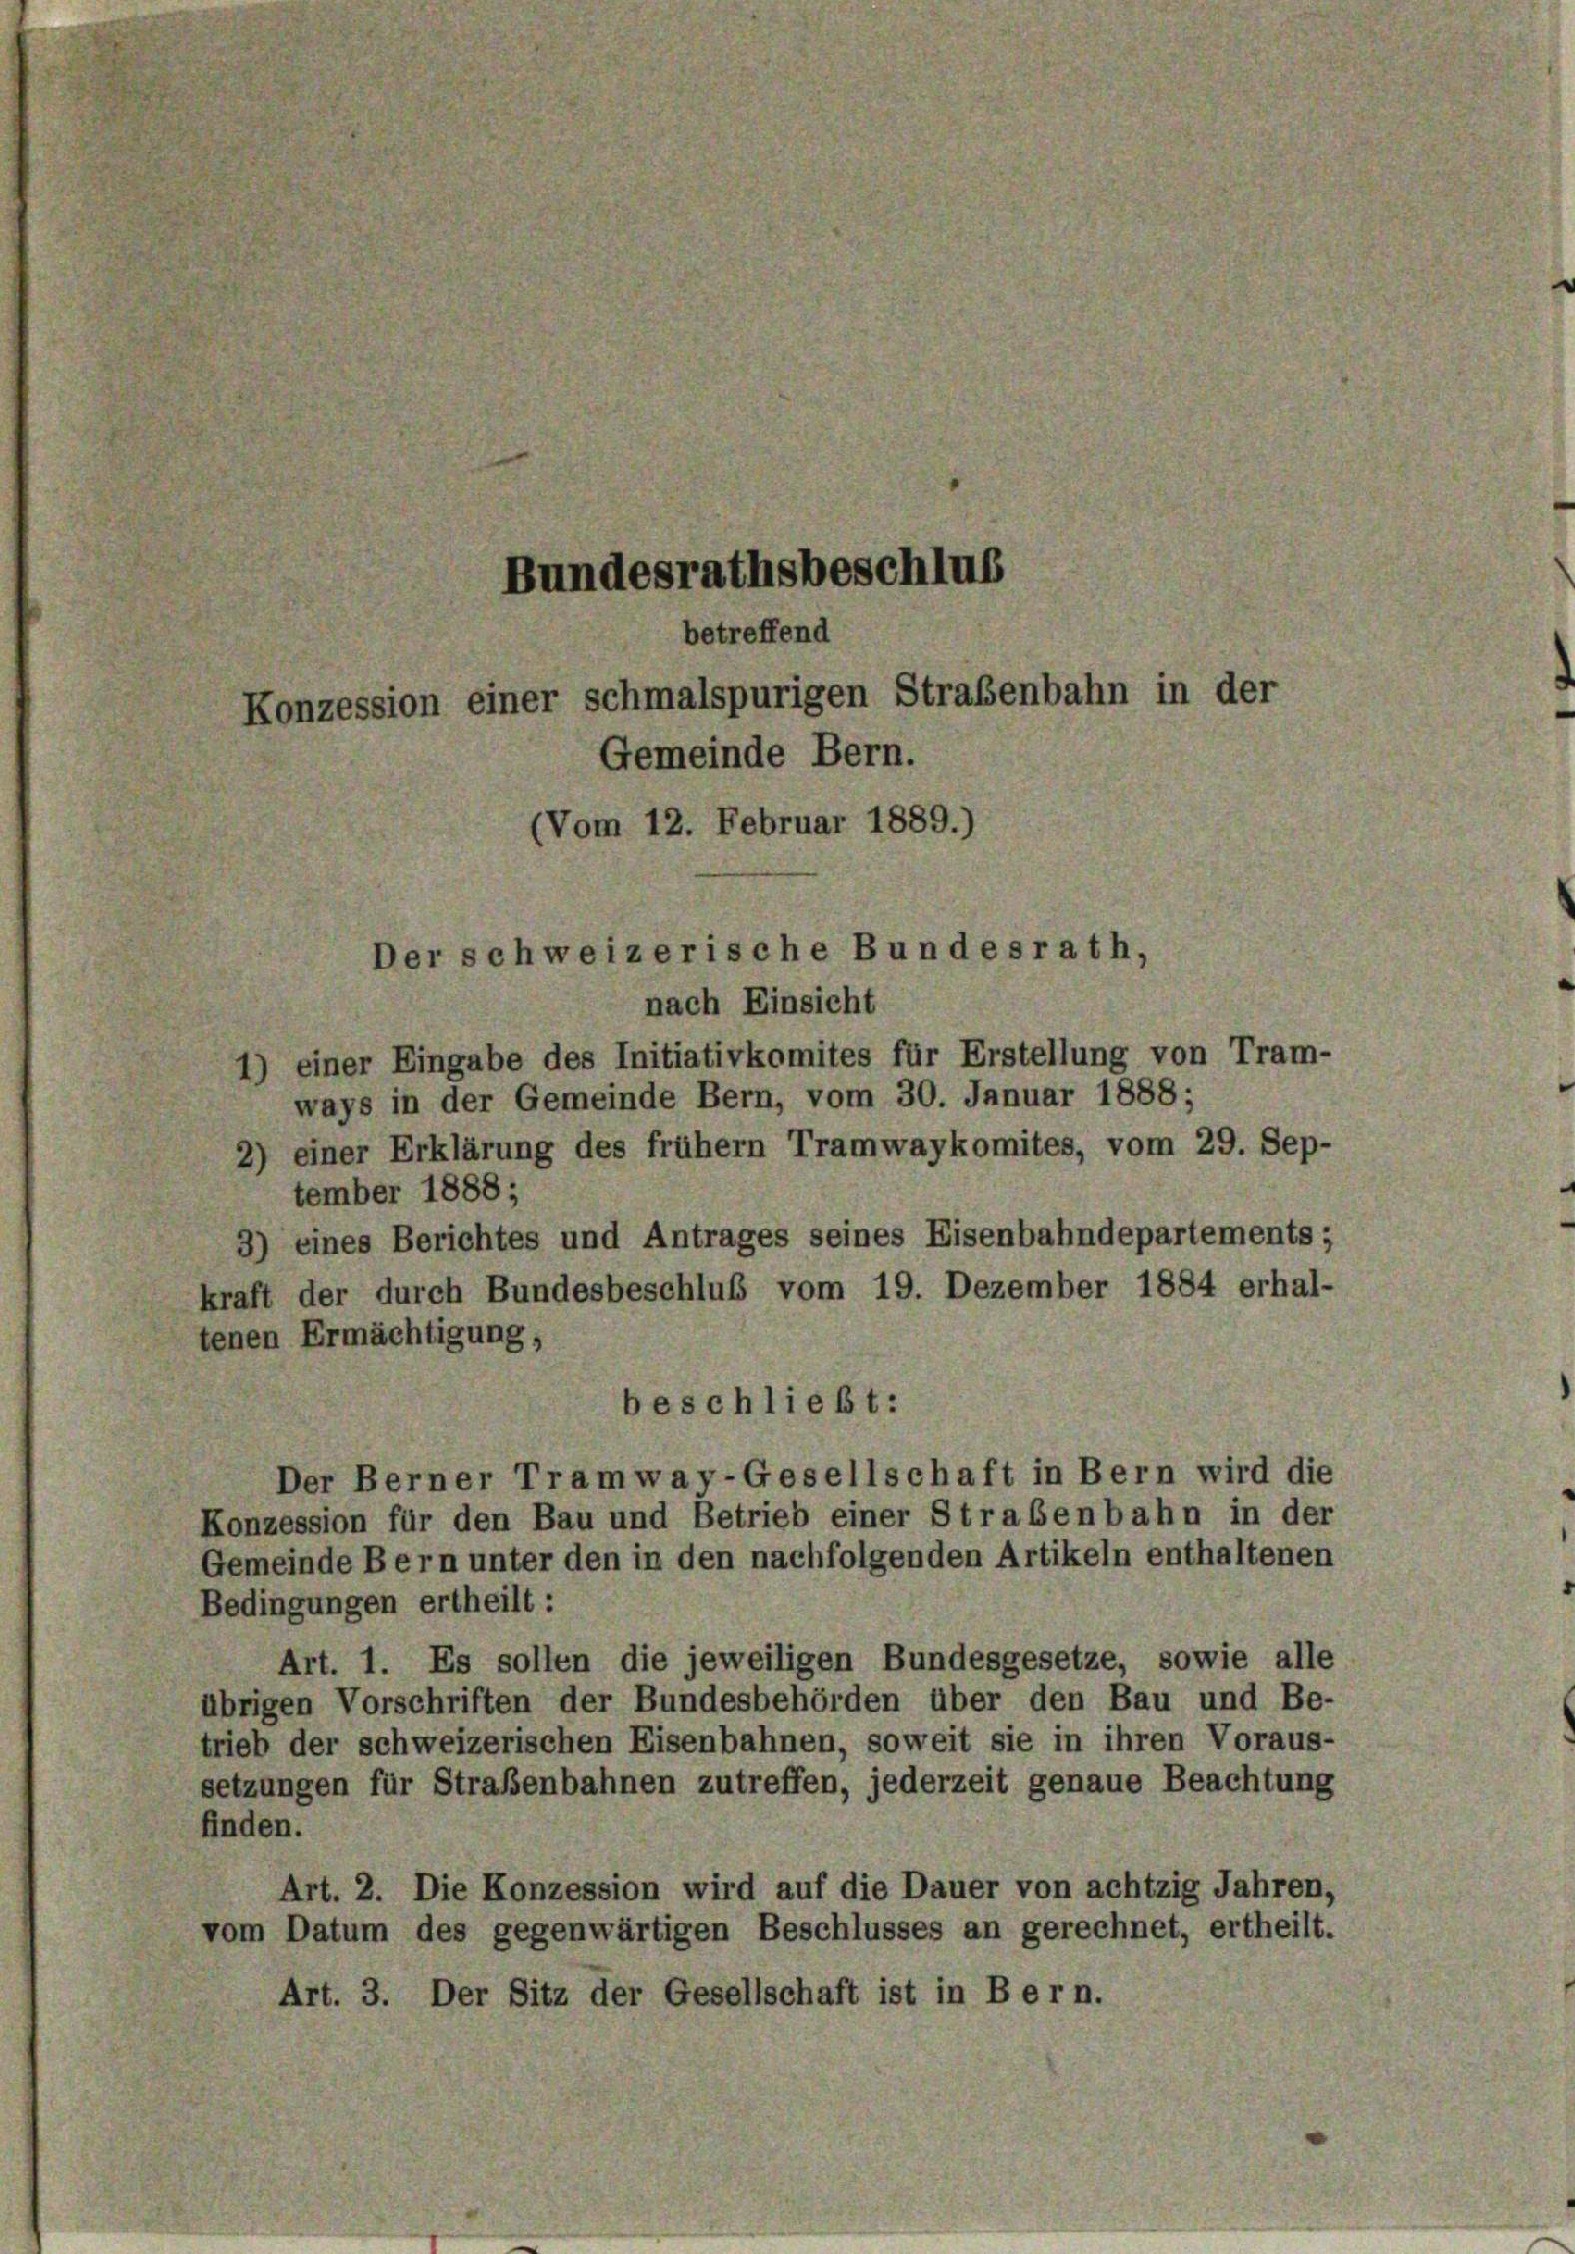
Bundesrathsbeschluß
betreffend
Konzession einer schmalspurigen Straßenbahn in der
Gemeinde Bern.
(Vom 12. Februar 1889.)
Der schweizerische Bundesrath,

nach Einsicht
1) einer Eingabe des Initiativkomites für Erstellung von Tram-
ways in der Gemeinde Bern, vom 30. Januar 1888;
2) einer Erklärung des frühem Tramwaykomites, vom 29. Sep-
tember 1888;
3) eines Berichtes und Antrages seines Eisenbahndepartements;
kraft der durch Bundesbeschluß vom 19. Dezember 1884 erhal-
tenen Ermächtigung,
beschließt:
Der Berner Tramway-Gesellschaft in Bern wird die
Konzession für den Bau und Betrieb einer Straßenbahn in der
Gemeinde Bern unter den in den nachfolgenden Artikeln enthaltenen
Bedingungen ertheilt:
Art. 1. Es sollen die jeweiligen Bundesgesetze, sowie alle
übrigen Vorschriften der Bundesbehörden über den Bau und Be-
trieb der schweizerischen Eisenbahnen, soweit sie in ihren Voraus-
setzungen für Straßenbahnen zutreffen, jederzeit genaue Beachtung
finden.
Art. 2. Die Konzession wird auf die Dauer von achtzig Jahren,
vom Datum des gegenwärtigen Beschlusses an gerechnet, ertheilt.
Art. 3. Der Sitz der Gesellschaft ist in Bern.